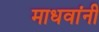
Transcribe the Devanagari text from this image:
माधवांनी